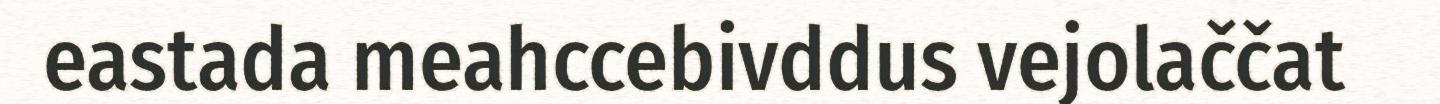
eastada meahccebivddus vejolaččat